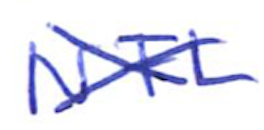
Text: NFL
Cross-out: mix
Writing tool: ballpoint